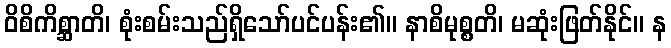
ဝိစိကိစ္ဆာတိ၊ စုံးစမ်းသည်ရှိသော်ပင်ပန်း၏။ နာစိမုစ္စတိ၊ မဆုံးဖြတ်နိုင်။ န